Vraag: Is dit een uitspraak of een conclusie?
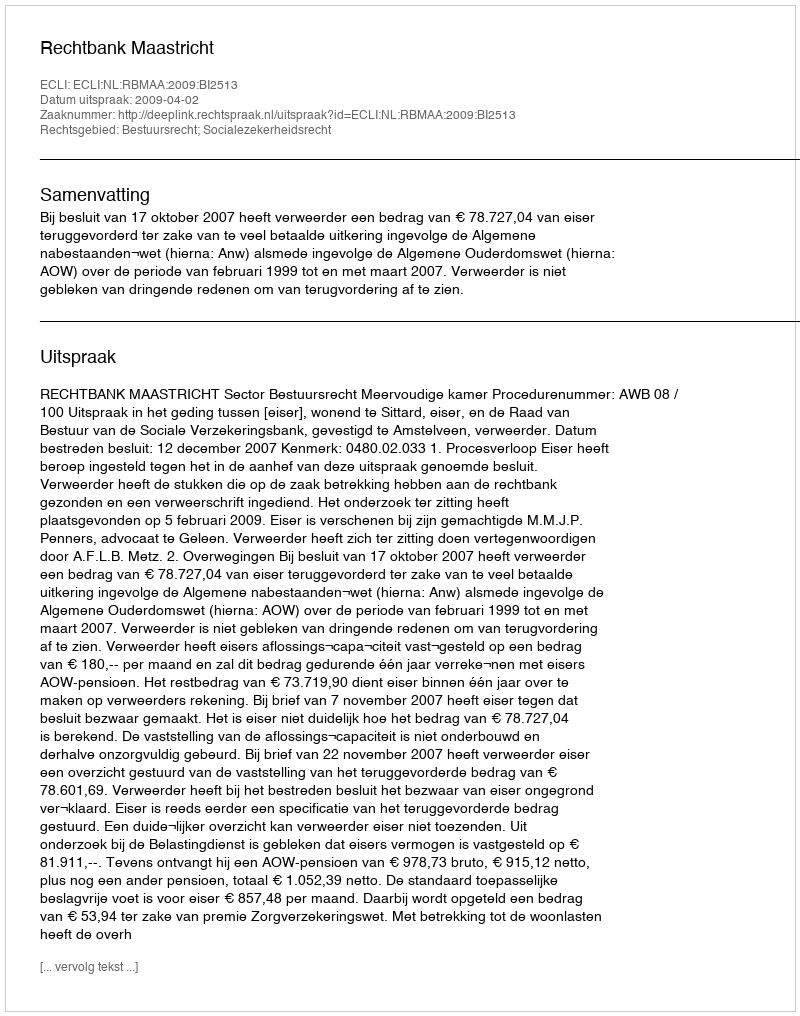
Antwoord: Uitspraak